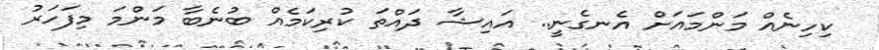
ކިހިނެއް މަންމައަށް އެނގެނީ.. އައިޝާ ދައްތަ ކުރިކަމެއް ބުނެބާ މަންމަ މިފަހަރު